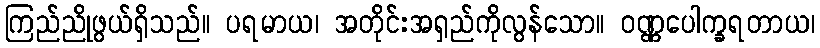
ကြည်ညိုဖွယ်ရှိသည်။ ပရမာယ၊ အတိုင်းအရှည်ကိုလွန်သော။ ဝဏ္ဏပေါက္ခရတာယ၊